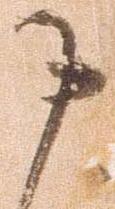
申